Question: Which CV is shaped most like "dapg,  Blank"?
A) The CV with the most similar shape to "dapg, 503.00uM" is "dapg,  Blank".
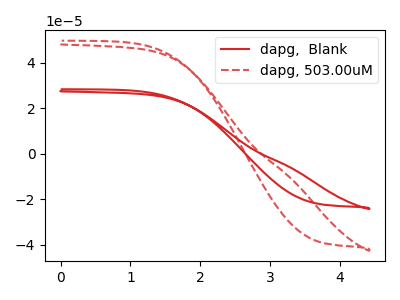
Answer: <think>The red curve "dapg,  Blank" has no peaks. The red dashed curve "dapg, 503.00uM" has no peaks.
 Neither "dapg,  Blank" or "dapg, 503.00uM" have any peaks.</think>
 <answer>A) The CV with the most similar shape to "dapg, 503.00uM" is "dapg,  Blank".</answer>
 <eval>A</eval>